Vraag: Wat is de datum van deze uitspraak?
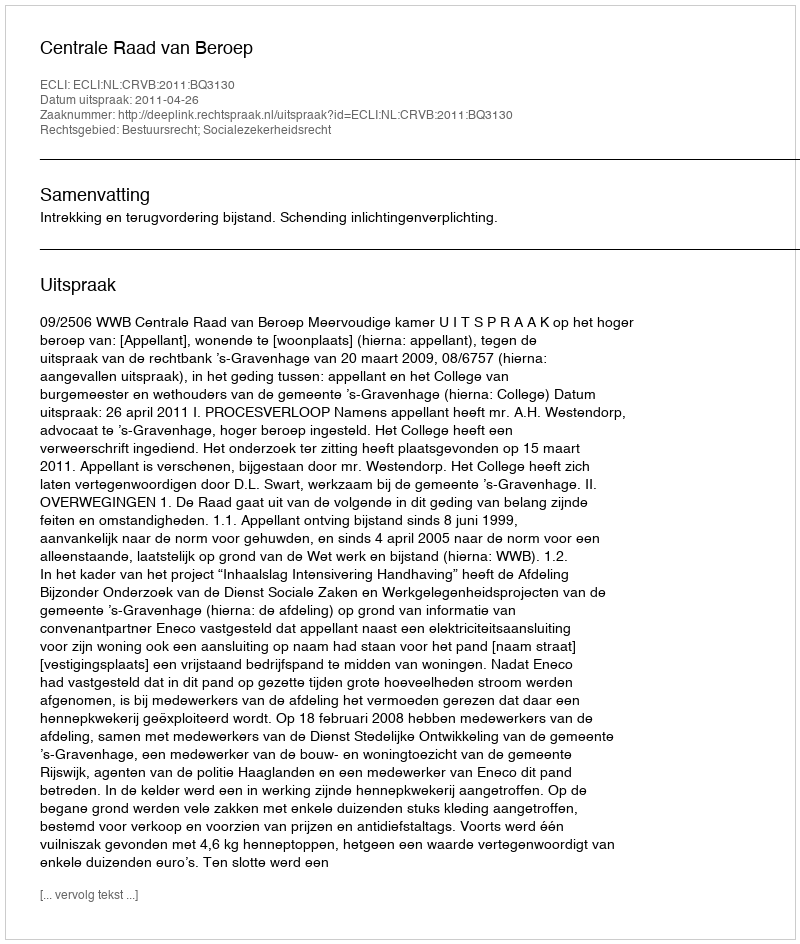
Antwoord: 2011-04-26